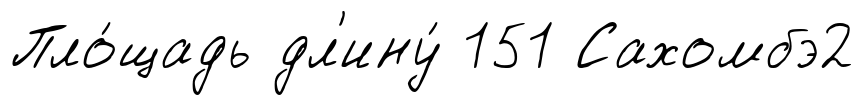
Пло́щадь дл'ину́ 151 Сахомбэ2